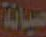
صيانة